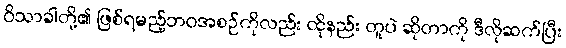
ဝိသာခါတို့၏ ဖြစ်ရမည့်ဘဝအစဉ်ကိုလည်း ထိုနည်း တူပဲ ဆိုတာကို ဒီလိုဆက်ပြီး